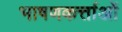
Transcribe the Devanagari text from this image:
भाषणकर्त्ताओं